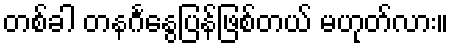
တစ်ခါ တနင်္ဂနွေပြန်ဖြစ်တယ် မဟုတ်လား။